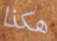
هكذا